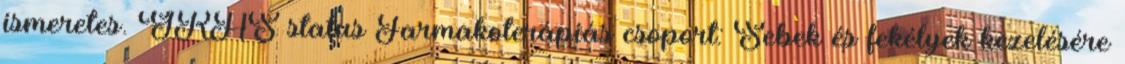
ismeretes. GRAS status Farmakoterápiás csoport: Sebek és fekélyek kezelésére